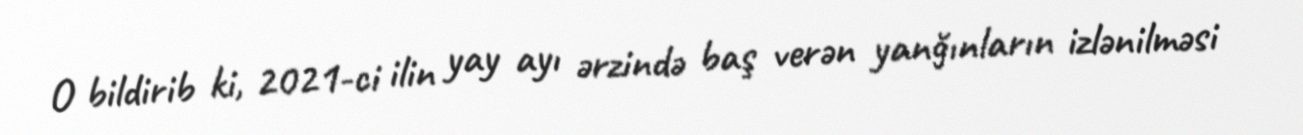
O bildirib ki, 2021-ci ilin yay ayı ərzində baş verən yanğınların izlənilməsi